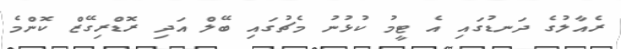
ރެއާލުގެ ދަނޑުގައި އެ ޓީމު ކުޅުނު މެޗުގައި ބޭލް އަދި ރޮޑްރިގޭޒް ކޮންމެ